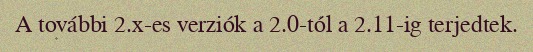
A további 2.x-es verziók a 2.0-tól a 2.11-ig terjedtek.